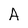
Character: A